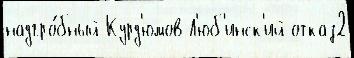
надгро́бный Курд'юмов Л'юб'инск'ий отказ2